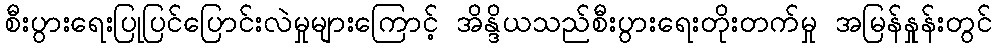
စီးပွားရေးပြုပြင်ပြောင်းလဲမှုများကြောင့် အိန္ဒိယသည်စီးပွားရေးတိုးတက်မှု အမြန်နှုန်းတွင်